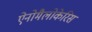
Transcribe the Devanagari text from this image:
ऐनोमैलोकेरिस